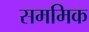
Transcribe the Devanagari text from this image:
सममिक